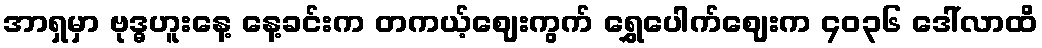
အာရှမှာ ဗုဒ္ဓဟူးနေ့ နေ့ခင်းက တကယ့်ဈေးကွက် ရွှေပေါက်ဈေးက ၄၀၃၆ ဒေါ်လာထိ